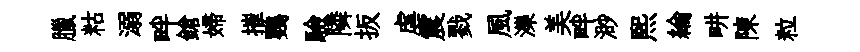
臘䊀溺畔鎗婦摧鸚驗隣扳虐震戮風濼美畔渺熙綸畊陳粒